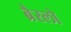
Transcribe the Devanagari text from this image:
ब्रैस्लो